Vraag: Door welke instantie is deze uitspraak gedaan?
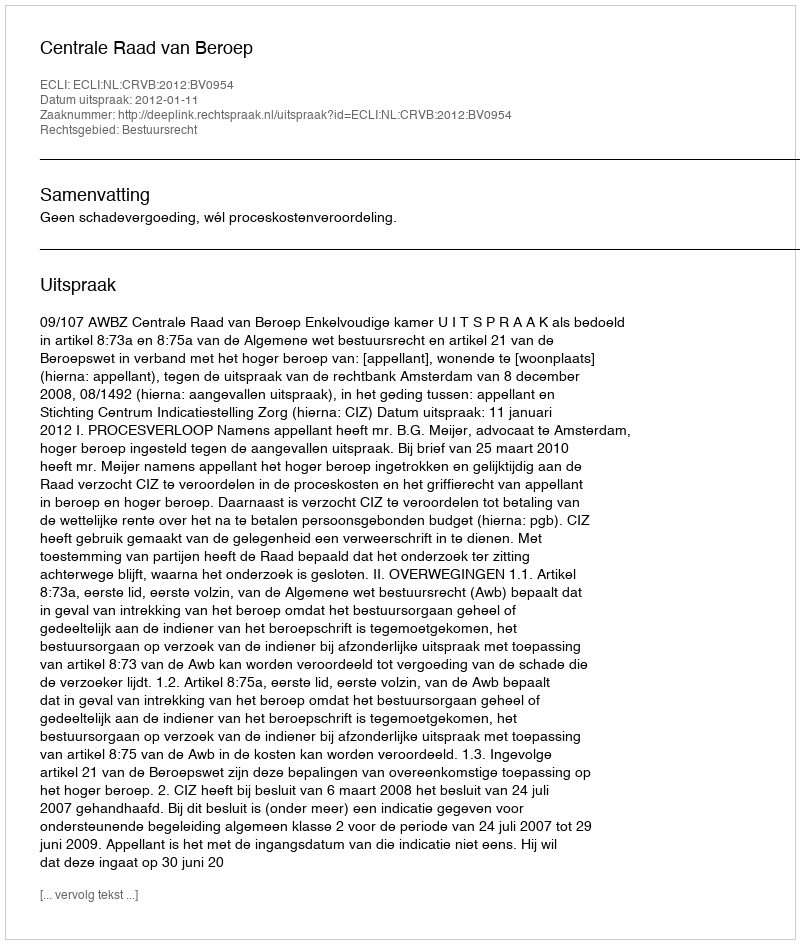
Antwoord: Centrale Raad van Beroep